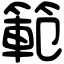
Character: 範